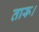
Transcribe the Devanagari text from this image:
तारू।